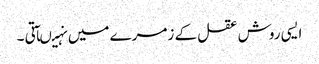
ایسی روش عقل کے زمرے میں نہیںآتی ۔